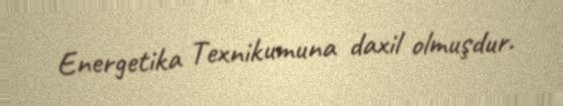
Energetika Texnikumuna daxil olmuşdur.